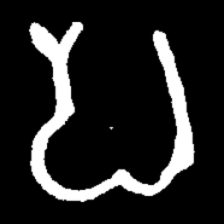
Pyu character \u2014 Myanmar letter: ပ (romanized: pa)